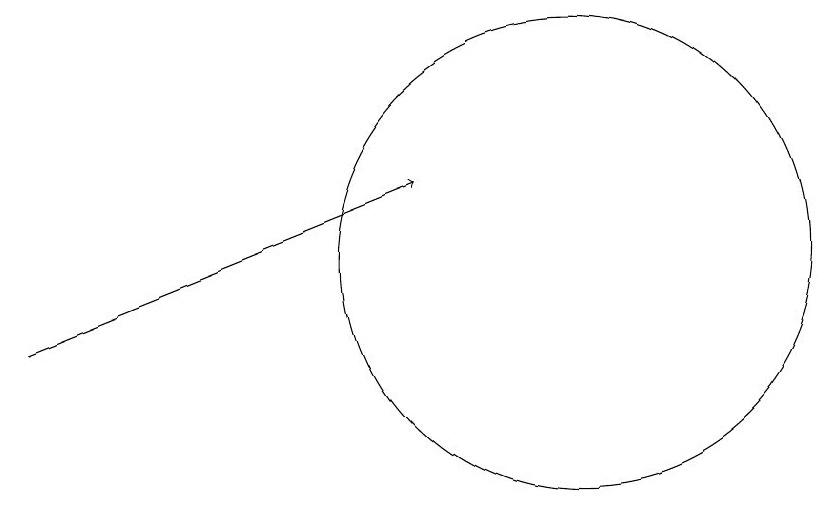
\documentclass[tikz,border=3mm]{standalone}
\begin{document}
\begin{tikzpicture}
\draw[->] (4,10) -- (9,12);
\draw (11,11) circle (3);
\draw (11,11) circle (0);
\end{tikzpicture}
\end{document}